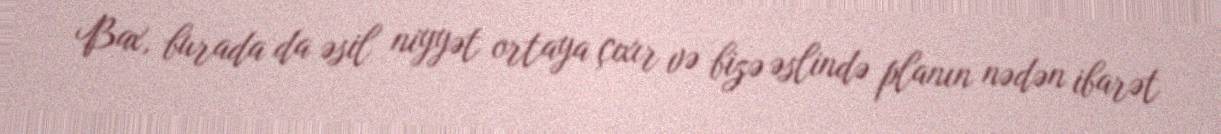
Bax, burada da əsil niyyət ortaya çıxır və bizə əslində planın nədən ibarət